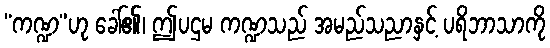
“ကဏ္ဍ”ဟု ခေါ်၏၊ ဤပဌမ ကဏ္ဍသည် အမည်သညာနှင့် ပရိဘာသာကို